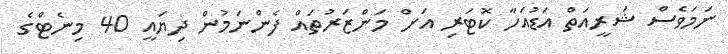
ނަމަވެސް ޝަރީއަތް އަޑުއަހާ ކޮޓަރި އަށް މަންޒަރުތައް ފެންނަމުން ދިޔައީ 40 މިނެޓްގެ